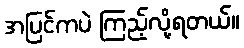
အပြင်ကပဲ ကြည့်လို့ရတယ်။